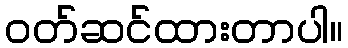
ဝတ်ဆင်ထားတာပါ။